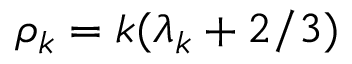
\rho _ { k } = k ( \lambda _ { k } + 2 / 3 )